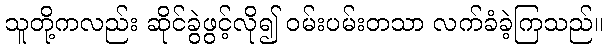
သူတို့ကလည်း ဆိုင်ခွဲဖွင့်လို၍ ဝမ်းပမ်းတသာ လက်ခံခဲ့ကြသည်။